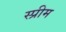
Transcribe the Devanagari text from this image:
स्प्रीम